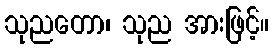
သုညတော၊ သုည အားဖြင့်။